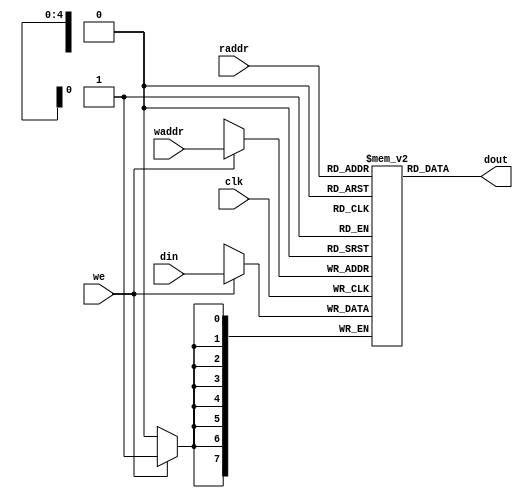
module hello_ram (
	input	   	   clk,
	input	   [4:0] raddr,
	input	   [7:0] din,
	input	   [4:0] waddr,
	input	   	   we,
	output   [7:0] dout
	);
	
   reg [7:0] m [0:31];
   
   always@(posedge clk)
      if (we)
         m[waddr] <= din;
   
   assign dout = m[raddr];
   
   initial begin
		// Line 1
		m[8'h00] = "H";
		m[8'h01] = "e";
		m[8'h02] = "l";
		m[8'h03] = "l";
		m[8'h04] = "o";
		m[8'h05] = " ";
		m[8'h06] = " ";
		m[8'h07] = " ";
		m[8'h08] = " ";
		m[8'h09] = " ";
		m[8'h0a] = " ";
		m[8'h0b] = " ";
		m[8'h0c] = " ";
		m[8'h0d] = " ";
		m[8'h0e] = " ";
		m[8'h0f] = " ";
		// Line 2
		m[8'h10] = "W";
		m[8'h11] = "o";
		m[8'h12] = "r";
		m[8'h13] = "l";
		m[8'h14] = "d";
		m[8'h15] = " ";
		m[8'h16] = " ";
		m[8'h17] = " ";
		m[8'h18] = " ";
		m[8'h19] = " ";
		m[8'h1a] = " ";
		m[8'h1b] = " ";
		m[8'h1c] = " ";
		m[8'h1d] = " ";
		m[8'h1e] = " ";
		m[8'h1f] = " ";
	end
	
endmodule